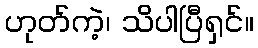
ဟုတ်ကဲ့၊ သိပါပြီရှင်။